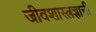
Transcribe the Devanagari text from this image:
जीवशास्त्रज्ञाची